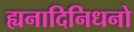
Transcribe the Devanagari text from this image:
ह्यनादिनिधनो